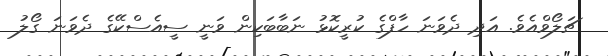
ޗަލޯވްއެވެ. އަދި ދެވަނަ ހާފްގެ ކުރީކޮޅު ނަބާބަކިން ވަނީ ސީއެސްކޭގެ ދެވަނަ ގޯލު